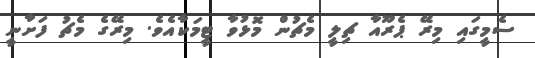
ސެމީގައި މިރޭ ޕެރޫއާ ޗިލީ މެޗުން މޮޅުވާ ޓީމަކާއެވެ. މިރޭގެ މެޗު ފަށާނީ